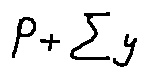
P + \sum y